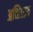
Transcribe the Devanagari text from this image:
अव्हिप्राय